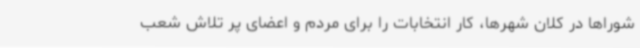
شوراها در کلان شهرها، کار انتخابات را برای مردم و اعضای پر تلاش شعب